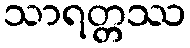
သာရတ္တဿ